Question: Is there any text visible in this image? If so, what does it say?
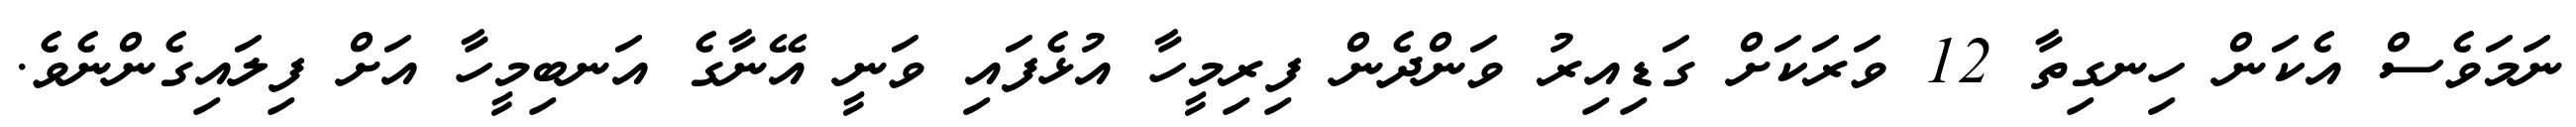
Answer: ނަމަވެސް އެކަން ހިނގިތާ 12 ވަރަކަށް ގަޑިއިރު ވަންދެން ފިރިމީހާ އުޅެފައި ވަނީ އޭނާގެ އަނބިމީހާ އަށް ފިލައިގެންނެވެ.